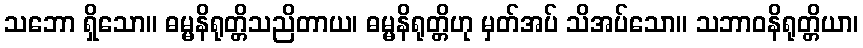
သဘော ရှိသော။ ဓမ္မနိရုတ္တိသညိတာယ၊ ဓမ္မနိရုတ္တိဟု မှတ်အပ် သိအပ်သော။ သဘာဝနိရုတ္တိယာ၊